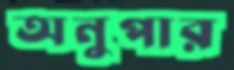
অনুপার